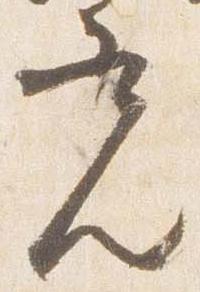
光